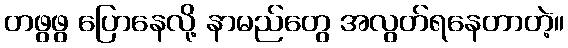
တဖွဖွ ပြောနေလို့ နာမည်တွေ အလွတ်ရနေတာတဲ့။